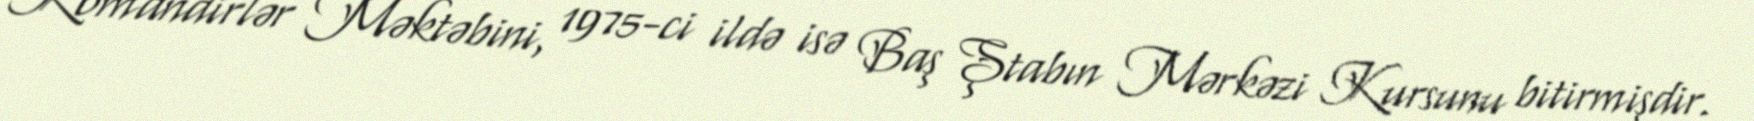
Komandirlər Məktəbini, 1975-ci ildə isə Baş Ştabın Mərkəzi Kursunu bitirmişdir.